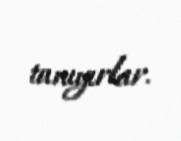
tanıyırlar.